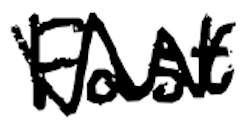
Text: Fast
Cross-out: zig-zag
Writing tool: digital_black